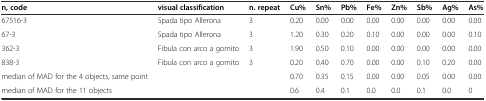
<table><thead><tr><td><b>n, code</b></td><td><b>visual classification</b></td><td><b>n. repeat</b></td><td><b>Cu%</b></td><td><b>Sn%</b></td><td><b>Pb%</b></td><td><b>Fe%</b></td><td><b>Zn%</b></td><td><b>Sb%</b></td><td><b>Ag%</b></td><td><b>As%</b></td></tr></thead><tbody><tr><td>67516-3</td><td>Spada tipo Allerona</td><td>3</td><td>0.20</td><td>0.00</td><td>0.00</td><td>0.00</td><td>0.00</td><td>0.00</td><td>0.00</td><td>0.00</td></tr><tr><td>67-3</td><td>Spada tipo Allerona</td><td>3</td><td>1.20</td><td>0.30</td><td>0.20</td><td>0.10</td><td>0.00</td><td>0.00</td><td>0.00</td><td>0.10</td></tr><tr><td>362-3</td><td>Fibula con arco a gomito</td><td>3</td><td>1.90</td><td>0.50</td><td>0.10</td><td>0.00</td><td>0.00</td><td>0.00</td><td>0.00</td><td>0.00</td></tr><tr><td>838-3</td><td>Fibula con arco a gomito</td><td>3</td><td>0.20</td><td>0.40</td><td>0.70</td><td>0.00</td><td>0.00</td><td>0.10</td><td>0.20</td><td>0.00</td></tr><tr><td>median of MAD for the 4 objects, same point</td><td></td><td></td><td>0.70</td><td>0.35</td><td>0.15</td><td>0.00</td><td>0.00</td><td>0.05</td><td>0.00</td><td>0.00</td></tr><tr><td>median of MAD for the 11 objects</td><td></td><td></td><td>0.6</td><td>0.4</td><td>0.1</td><td>0.0</td><td>0.0</td><td>0.1</td><td>0.0</td><td>0</td></tr></tbody></table>